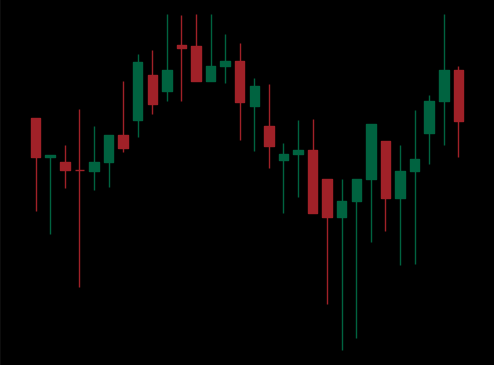
Pattern: unclassified